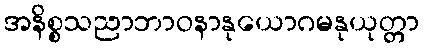
အနိစ္စသညာဘာဝနာနုယောဂမနုယုတ္တာ